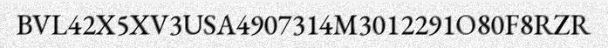
BVL42X5XV3USA4907314M3012291O80F8RZR